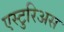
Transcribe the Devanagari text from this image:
एस्टुरिअस